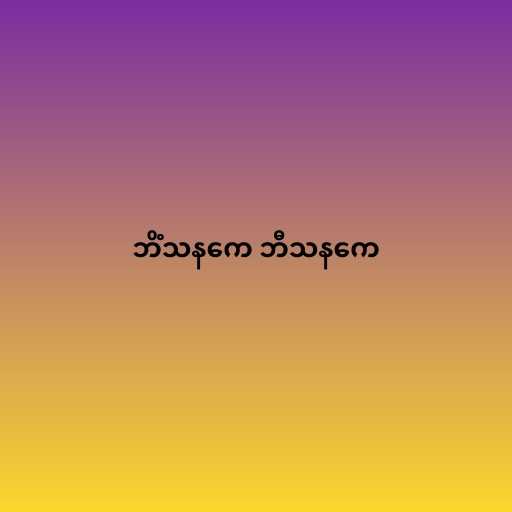
ဘိံသနကေ ဘီသနကေ